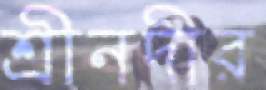
শ্রীনদীর